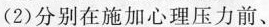
(2)分别在施加心理压力前、